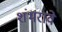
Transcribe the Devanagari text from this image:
शंभरावे